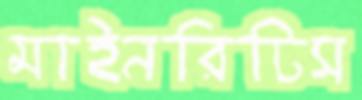
মাইনরিটিস